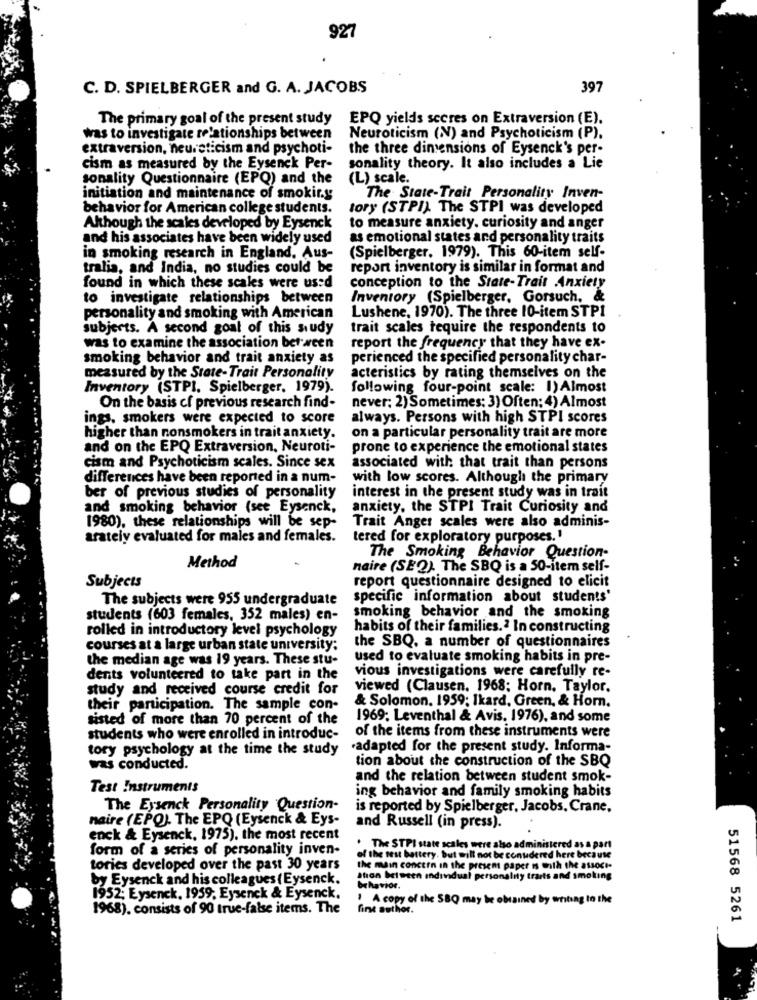
927
C. D. SPIELBERGER and G. A. JACOBS
397
The primary goal of the present study EPQ yields secres on Extraversion (E).
was to investigate relationships between
Neuroticism (N) and Psychoticism (P).
extraversion, neureticism and psychoti-
the three dimensions of Eysenck's per-
cism as measured by the Eysenck Per-
sonality theory. It also includes a Lie
sonality Questionnaire (EPQ) and the
(L) scale.
initiation and maintenance of smokir.y
The State-Trait Personality Inven-
behavior for American college students.
tory (STPI). The STPI was developed
Although the scales developed by Eysenck
to measure anxiety. curiosity and anger
and his associates have been widely used
as emotional states and personality traits
in smoking research in England, Aus-
(Spielberger, 1979). This 60-item self-
tralia, and India, no studies could be
report inventory is similar in format and
conception to the State-Trait Anxiety
found in which these scales were used
to investigate relationships between
Inventory (Spielberger, Gorsuch, &
personality and smoking with American
Lushene, 1970). The three 10-item STPI
subjects. A second goal of this study
trait scales require the respondents to
was to examine the association between
report the frequency that they have ex-
smoking behavior and trait anxiety as
perienced the specified personality char-
measured by the State-Trait Personality
acteristics by rating themselves on the
Inventory (STPI. Spielberger, 1979).
following four-point scale: 1) Almost
On the basis of previous research find-
never; 2) Sometimes: 3) Often; 4) Almost
ings, smokers were expected to score
always. Persons with high STPI scores
higher than nonsmokers in trait anxiety.
on a particular personality trait are more
and on the EPQ Extraversion, Neuroti-
prone to experience the emotional states
cism and Psychoticism scales. Since sex
associated with that trait than persons
differences have been reported in a num-
with low scores. Although the primary
interest in the present study was in trait
ber of previous studies of personality
and smoking behavior (see Eysenck,
anxiety, the STPI Trait Curiosity and
1980), these relationships will be sep-
Trait Anger scales were also adminis-
arately evaluated for males and females.
tered for exploratory purposes.'
The Smoking Behavior Question-
Method
naire (SE2). The SBQ is a 50-item self-
Subjects
report questionnaire designed to elicit
The subjects were 955 undergraduate
specific information about students'
students (603 females, 352 males) en-
smoking behavior and the smoking
rolled in introductory level psychology
habits of their families.2 In constructing
the SBQ. a number of questionnaires
courses at a large urban state university:
the median age was 19 years. These stu-
used to evaluate smoking habits in pre-
vious investigations were carefully re-
dents volunteered to take part in the
study and received course credit for
viewed (Clausen. 1968; Horn. Taylor.
& Solomon. 1959; Ikard, Green, & Horn.
their participation. The sample con-
sisted of more than 70 percent of the
1969; Leventhal & Avis. 1976), and some
of the items from these instruments were
students who were enrolled in introduc-
tory psychology at the time the study
.adapted for the present study. Informa-
tion about the construction of the SBQ
was conducted.
and the relation between student smok-
Test Instruments
ing behavior and family smoking habits
The Eysenck Personality Question-
is reported by Spielberger, Jacobs, Crane,
naire (EPQ). The EPQ (Eysenck & Eys-
and Russell (in press).
enck & Eysenck, 1975), the most recent
form of a series of personality inven-
. The STPI state scales were also administered as a part
of the rest battery. but will not be considered here because
tories developed over the past 30 years
the main concern in the present paper is with the associ-
by Eysenck and his colleagues (Eysenck.
ation between Individual personality traits and smoking
behavior.
1952; Eysenck, 1959. Eysenck & Eysenck.
1 A copy of the SBQ may be obtained by writing to the
1968). consists of 90 true-false items. The
fine author.
51568 5261